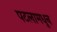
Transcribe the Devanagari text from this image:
पटलामधून